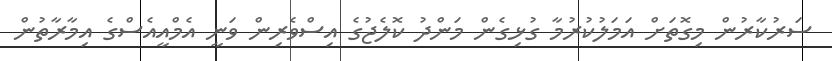
ސަރުކާރުން މިގޮތަށް އަމަލުކުރުމާ ގުޅިގެން މަންދު ކޮލެޖުގެ އިސްވެރިން ވަނީ އެމްއީއެސްގެ އިމާރާތުން